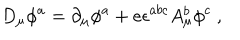
D _ { \mu } \phi ^ { a } = \partial _ { \mu } \phi ^ { a } + e \epsilon ^ { a b c } A _ { \mu } ^ { b } \phi ^ { c } \ ,